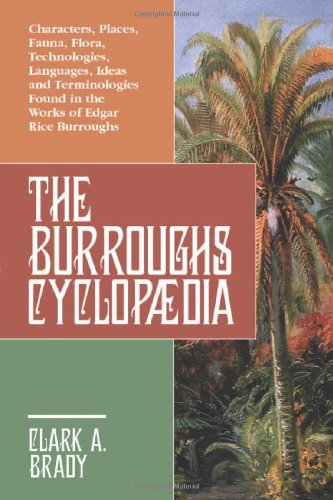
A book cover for The Burroughs Encyclopaedia: Characters, Places, Fauna, Flora, Technologies, Languages, Ideas and Terminologies Found in the Works of Edgar Rice Burroughs; Clark A. Brady; Humor & Entertainment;